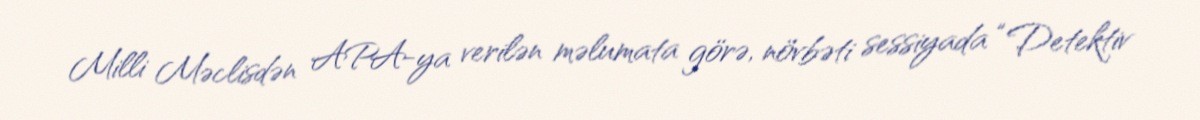
Milli Məclisdən APA-ya verilən məlumata görə, növbəti sessiyada “Detektiv